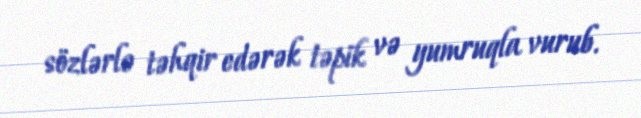
sözlərlə təhqir edərək təpik və yumruqla vurub.